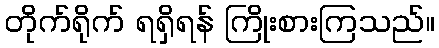
တိုက်ရိုက် ရရှိရန် ကြိုးစားကြသည်။